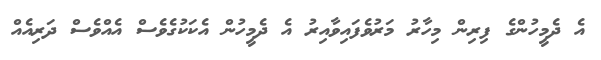
އެ ދެމީހުންގެ ފިރިން މިހާރު މަރުވެފައިވާއިރު އެ ދެމީހުން އެކަކުގެވެސް އެއްވެސް ދަރިއެއް